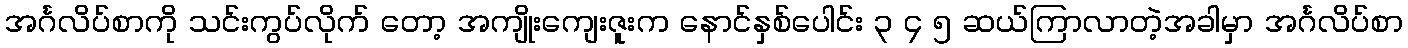
အင်္ဂလိပ်စာကို သင်းကွပ်လိုက် တော့ အကျိုးကျေးဇူးက နောင်နှစ်ပေါင်း ၃ ၄ ၅ ဆယ်ကြာလာတဲ့အခါမှာ အင်္ဂလိပ်စာ